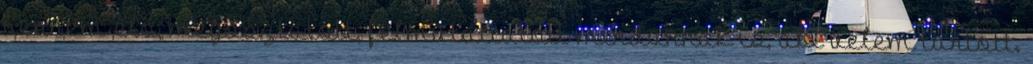
bennem élő, megosztatott, felmutattatott mindannak is, aki velem tartott.